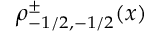
\rho _ { - 1 / 2 , - 1 / 2 } ^ { \pm } ( x )